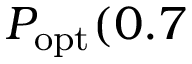
P _ { \mathrm { o p t } } ( 0 . 7